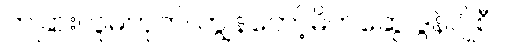
တခြားလူမဟုတ်၊ ကျွန်တော့်မိတ်ဆွေ ဒွန်ဂျိုစီ။